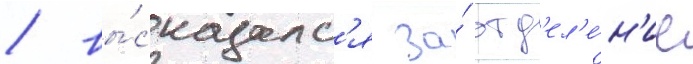
/ вы́сказалс'я за́ отд'ел'е́н'ие